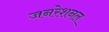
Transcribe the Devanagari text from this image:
जनरेशनल